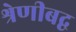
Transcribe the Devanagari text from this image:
श्रेणीबद्व